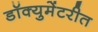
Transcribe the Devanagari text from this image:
डॉक्युमेंटरीत